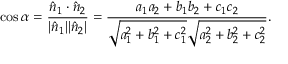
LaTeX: \cos \alpha = { \frac { { \hat { n } } _ { 1 } \cdot { \hat { n } } _ { 2 } } { | { \hat { n } } _ { 1 } | | { \hat { n } } _ { 2 } | } } = { \frac { a _ { 1 } a _ { 2 } + b _ { 1 } b _ { 2 } + c _ { 1 } c _ { 2 } } { { \sqrt { a _ { 1 } ^ { 2 } + b _ { 1 } ^ { 2 } + c _ { 1 } ^ { 2 } } } { \sqrt { a _ { 2 } ^ { 2 } + b _ { 2 } ^ { 2 } + c _ { 2 } ^ { 2 } } } } } .